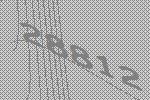
28812